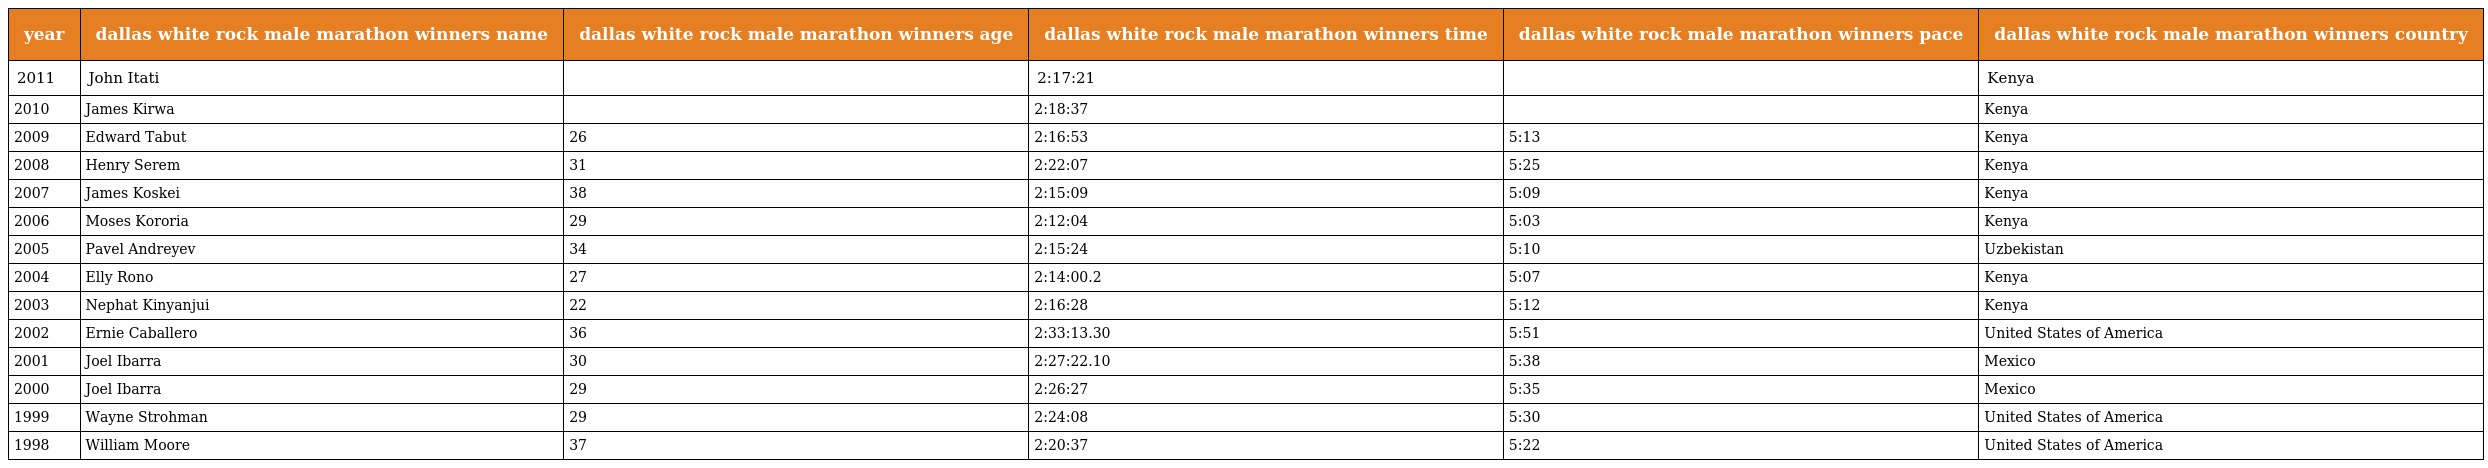
| year | dallas white rock male marathon winners name | dallas white rock male marathon winners age | dallas white rock male marathon winners time | dallas white rock male marathon winners pace | dallas white rock male marathon winners country |
 | --- | --- | --- | --- | --- | --- |
 | 2011 | John Itati |  | 2:17:21 |  | Kenya |
 | 2010 | James Kirwa |  | 2:18:37 |  | Kenya |
 | 2009 | Edward Tabut | 26 | 2:16:53 | 5:13 | Kenya |
 | 2008 | Henry Serem | 31 | 2:22:07 | 5:25 | Kenya |
 | 2007 | James Koskei | 38 | 2:15:09 | 5:09 | Kenya |
 | 2006 | Moses Kororia | 29 | 2:12:04 | 5:03 | Kenya |
 | 2005 | Pavel Andreyev | 34 | 2:15:24 | 5:10 | Uzbekistan |
 | 2004 | Elly Rono | 27 | 2:14:00.2 | 5:07 | Kenya |
 | 2003 | Nephat Kinyanjui | 22 | 2:16:28 | 5:12 | Kenya |
 | 2002 | Ernie Caballero | 36 | 2:33:13.30 | 5:51 | United States of America |
 | 2001 | Joel Ibarra | 30 | 2:27:22.10 | 5:38 | Mexico |
 | 2000 | Joel Ibarra | 29 | 2:26:27 | 5:35 | Mexico |
 | 1999 | Wayne Strohman | 29 | 2:24:08 | 5:30 | United States of America |
 | 1998 | William Moore | 37 | 2:20:37 | 5:22 | United States of America |